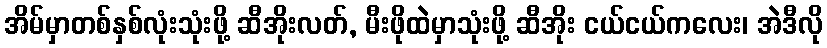
အိမ်မှာတစ်နှစ်လုံးသုံးဖို့ ဆီအိုးလတ်, မီးဖိုထဲမှာသုံးဖို့ ဆီအိုး ငယ်ငယ်ကလေး၊ အဲဒီလို